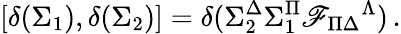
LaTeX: {}[\delta(\Sigma_{1}),\delta(\Sigma_{2})]=\delta(\Sigma_{2}^{\Delta}\Sigma_{1}^{\Pi}\mathscr{F}_{\Pi\Delta}{}^{\Lambda})\, .